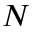
N